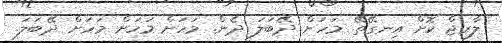
ލާރޖް ކޮށް އިނގޭތޭ. މަހަށް ދޭބަލަ ދެން. މަހަށް މަހަށް މަހަށް ދޭބަލަ.